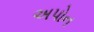
અપોન